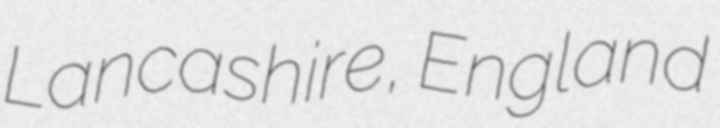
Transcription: Lancashire, England